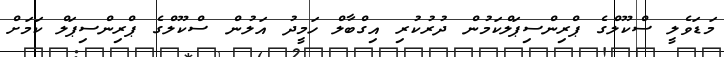
މަޑަވެލީ ސްކޫލްގެ ޕްރިންސިޕަލްކަމުން ދުރުކުރި އިގްބާލް ހަމީދު އަލުން ސްކޫލްގެ ޕްރިންސިޕަލް ކަމަށް